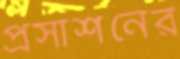
প্রসাশনের